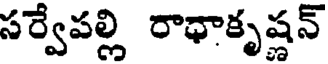
సర్వేపల్లి రాధాకృష్ణన్